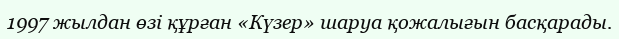
1997 жылдан өзі құрған «Күзер» шаруа қожалығын басқарады.